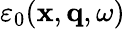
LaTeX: \varepsilon_{0}(\mathbf{x},\mathbf{q},\omega)